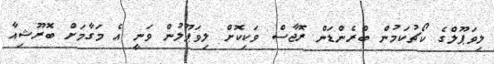
ލިވަޕޫލްގެ ކޯޗުކަމުން ބްރެންޑަން ރޮޖާސް ވަކިކޮށް ލިވަޕޫލުން ވަނީ އެ މަގާމަށް ބޮރޫޝިއާ